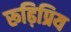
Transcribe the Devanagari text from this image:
रूढ़िप्रिय